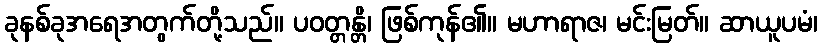
ခုနစ်ခုအရေအတွက်တို့သည်။ ပဝတ္တန္တိ၊ ဖြစ်ကုန်၏။ မဟာရာဇ၊ မင်းမြတ်။ ဆာယူပမံ၊